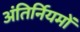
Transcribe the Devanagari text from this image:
अंतिर्नियमों